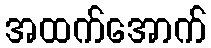
အထက်အောက်